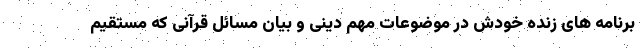
برنامه های زنده خودش در موضوعات مهم دینی و بیان مسائل قرآنی که مستقیم